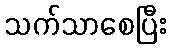
သက်သာစေပြီး